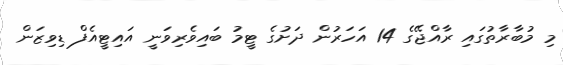
މި މުބާރާތުގައި ރާއްޖޭގެ 14 އަހަރުން ދަށުގެ ޓީމު ބައިވެރިވަނީ އައިޓީއެފް ޑިވިޒަން